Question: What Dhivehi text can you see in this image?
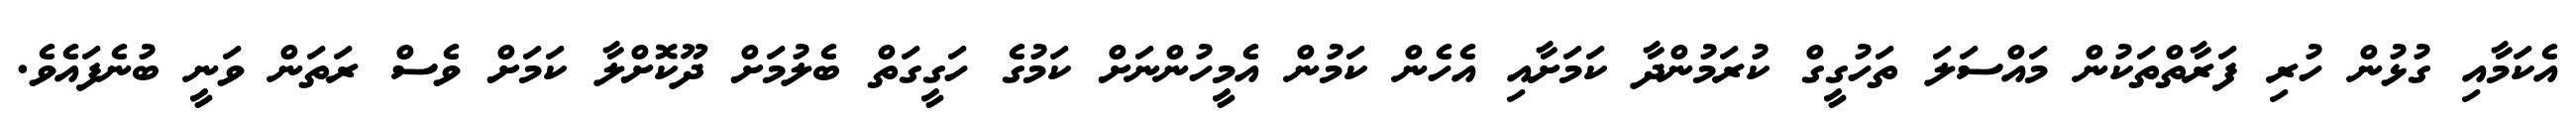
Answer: އެކަމާއި ގުޅުން ހުރި ފަރާތްތަކުން މައްސަލަ ތަހުގީގް ކުރަމުންދާ ކަމަށާއި އެހެން ކަމުން އެމީހުންނަށް ކަމުގެ ހަގީގަތް ބެލުމަށް ދޫކޮށްލާ ކަމަށް ވެސް ރަތަން ވަނީ ބުނެފައެވެ.